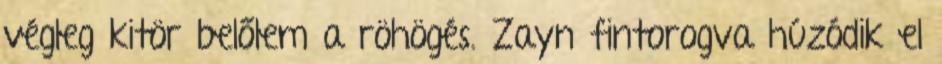
végleg kitör belőlem a röhögés. Zayn fintorogva húzódik el